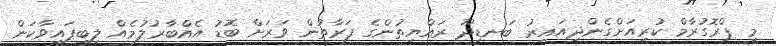
މި ޕްރޮގުރާމް ކުރިއަށްގެންދިއައިރު ބަނޑިދޫ ރައްޔިތުންގެ ފަރާތުން ވަރަށް ބޮޑު އެއްބާރުލުމެއް ލިބިފައިވާކަން